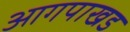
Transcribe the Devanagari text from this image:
आगपाखड